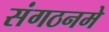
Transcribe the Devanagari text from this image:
संगठनमे